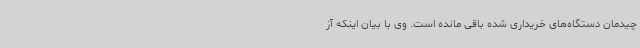
چیدمان دستگاه‌های خریداری شده باقی مانده است. وی با بیان اینکه آز